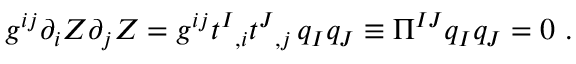
g ^ { i j } \partial _ { i } Z \partial _ { j } Z = g ^ { i j } t ^ { I } { } _ { , i } t ^ { J } { } _ { , j } \, q _ { I } q _ { J } \equiv \Pi ^ { I J } q _ { I } q _ { J } = 0 \ .